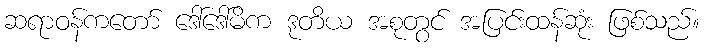
ဆရာဝန်ကတော် ဒေါ်ဒေါ်မိက ဒုတိယ အစုတွင် အပြင်းထန်ဆုံး ဖြစ်သည်။